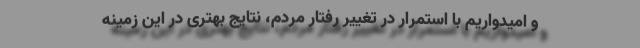
و امیدواریم با استمرار در تغییر رفتار مردم، نتایج بهتری در این زمینه